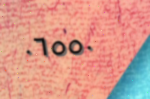
٠٦٥٥٠